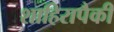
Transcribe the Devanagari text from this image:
शाहिरापैकी